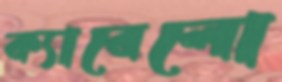
ক্যাবেলো